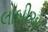
લોબીએ